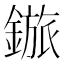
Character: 𬫽